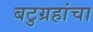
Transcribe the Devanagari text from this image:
बटुग्रहांचा